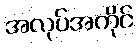
အလုပ်အကိုင်